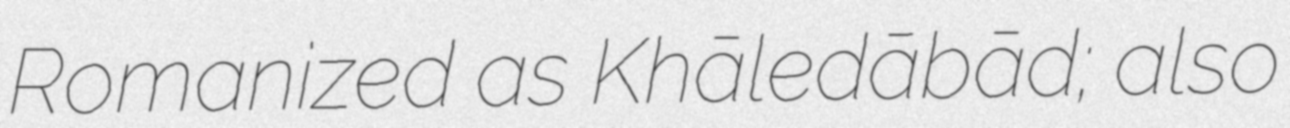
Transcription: Romanized as Khāledābād; also